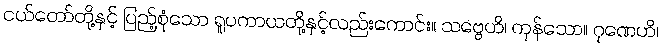
ငယ်တော်တို့နှင့် ပြည့်စုံသော ရူပကာယတို့နှင့်လည်းကောင်း။ သဗ္ဗေဟိ၊ ကုန်သော။ ဂုဏေဟိ၊